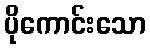
ပိုကောင်းသော